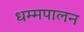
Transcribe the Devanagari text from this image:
धम्मपालन